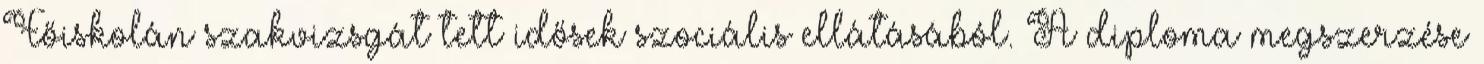
Főiskolán szakvizsgát tett idősek szociális ellátásából. A diploma megszerzése